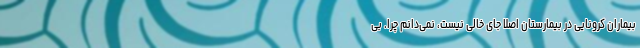
بیماران کرونایی در بیمارستان اصلا جای خالی نیست، نمی‌دانم چرا. بی